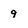
Character: 9